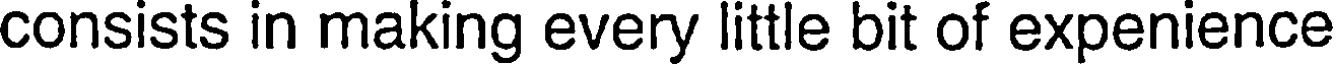
consists in making every little bit of expenience